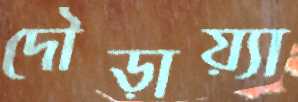
দৌড়ায়্যা